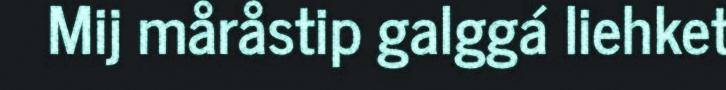
Mij måråstip galggá liehket